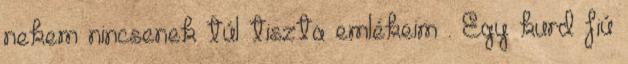
nekem nincsenek túl tiszta emlékeim . Egy kurd fiú